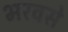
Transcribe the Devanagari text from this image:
भरवसे